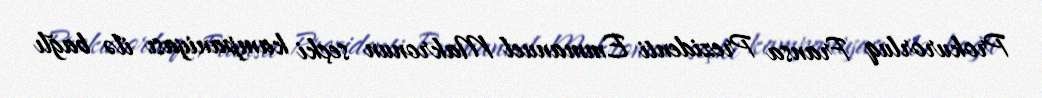
Prokurorluq Fransa Prezidenti Emmanuel Makronun seçki kampaniyası ilə bağlı